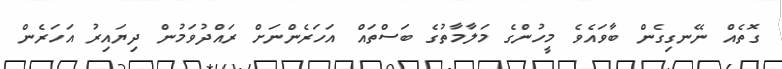
ގޮތެއް ނޭނގިގެން ބާވައެވެ މީހުންގެ މަލާމާތުގެ ބަސްތައް އަހަރެންނަށް ރައްދުވަމުން ދިޔައިރު އަހަރެން